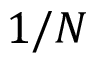
1 / N